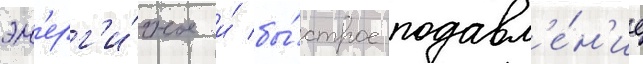
эн'ерг'и́чное и́ бы́строе подавл'е́н'ие